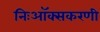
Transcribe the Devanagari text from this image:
निःऑक्सकरणी